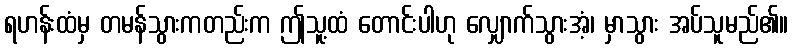
ရဟန်းထံမှ တမန်သွားကတည်းက ဤသူ့ထံ တောင်းပါဟု လျှောက်သွားအံ့၊ မှာသွား အပ်သူမည်၏။